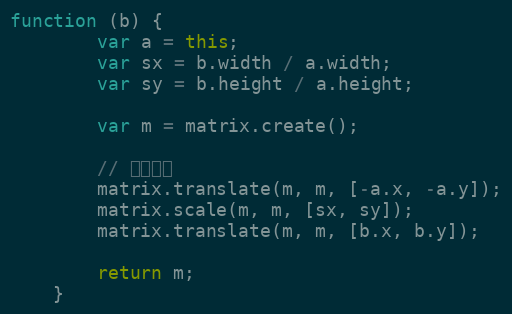
Language: JavaScript
function (b) {
        var a = this;
        var sx = b.width / a.width;
        var sy = b.height / a.height;

        var m = matrix.create();

        // 矩阵右乘
        matrix.translate(m, m, [-a.x, -a.y]);
        matrix.scale(m, m, [sx, sy]);
        matrix.translate(m, m, [b.x, b.y]);

        return m;
    }